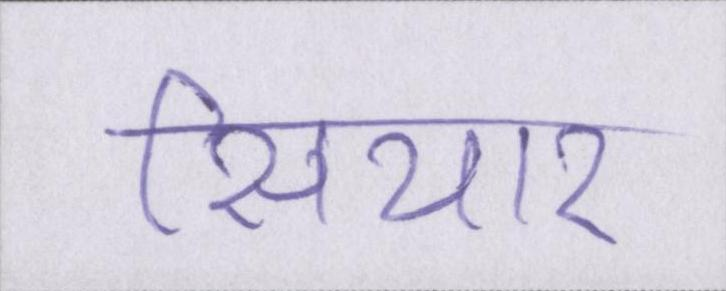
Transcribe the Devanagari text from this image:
सियार